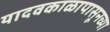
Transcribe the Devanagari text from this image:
यादवकाळापासूनच्या